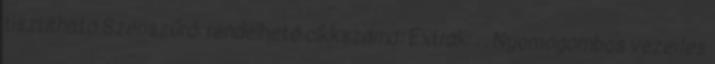
tisztítható Szénszűrő: rendelhető cikkszáma: Extrák: . . Nyomógombos vezérlés